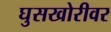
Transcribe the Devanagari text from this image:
घुसखोरीवर